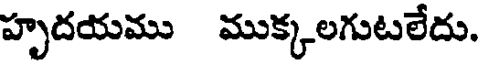
హృదయము ముక్కలగుటలేదు.